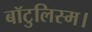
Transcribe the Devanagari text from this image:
बॉटुलिस्म।